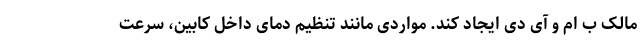
مالک ب ام و آی دی ایجاد کند. مواردی مانند تنظیم دمای داخل کابین، سرعت